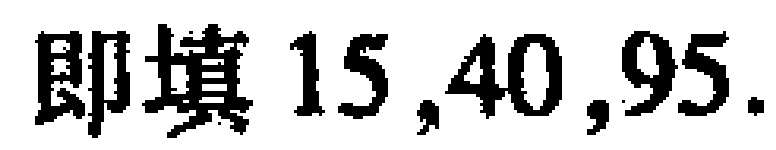
即填 \(15,40,95\).